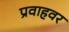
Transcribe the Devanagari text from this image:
प्रवाहवर